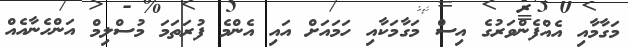
މަގާމާއި އެއްފެންވަރުގެ އިސް މަގާމަކާއި ހަމައަށް އައި އެންމެ ފުރަތަމަ މުސްލިމް އަންހެނާއެއް